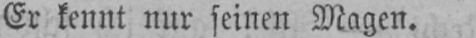
Er kennt nur seinen Magen.